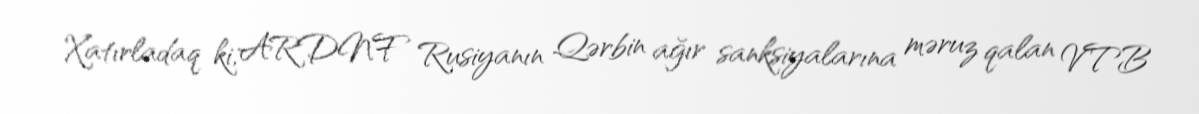
Xatırladaq ki, ARDNF Rusiyanın Qərbin ağır sanksiyalarına məruz qalan VTB